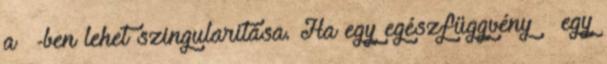
a ∞-ben lehet szingularitása. Ha egy egészfüggvény ∞ egy